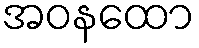
အဝနထော